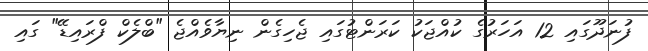
ފުނަދޫގައި 12 އަހަރުގެ ކުއްޖަކު ކަރަންޓުގައި ޖެހިގެން ނިޔާވެއްޖެ "ބްލެކް ފްރައިޑޭ" ގައި